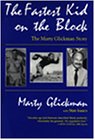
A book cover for Fastest Kid On the Block: The Marty Glickman Story (Sports and Entertainment); Marty Glickman; Sports & Outdoors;